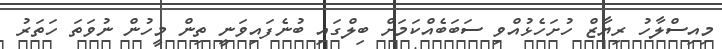
މިއިސްލާހު ރިޔާޒް ހުށަހެޅުއްވި ސަބަބެއްކަމަށް ބިލްގައި ބުނެފައިވަނީ ތިން މީހުން ނުވަތަ ހަތަރު